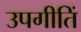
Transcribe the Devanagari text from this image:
उपगीतिं